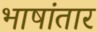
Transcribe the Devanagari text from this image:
भाषांतार